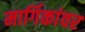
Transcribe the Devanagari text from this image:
मार्गिकांवर